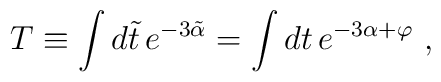
T\equiv \int d\tilde{t} \, e^{-3\tilde{\alpha}} = \int dt \, e^{-3\alpha + \varphi} \ ,